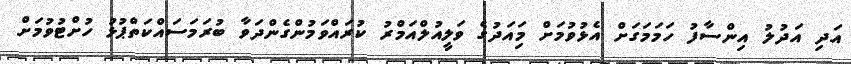
އަދި އަދުލު އިންސާފު ހަމަމަގަށް އެޅުވުމަށް މިައަދުގެ ވަލީއުލްއަމްރު ކުރައްވަމުންގެންދަވާ ބުރަމަސައްކަތްޕުޅު ހުށްޓުވުމަށް